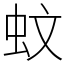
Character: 蚊